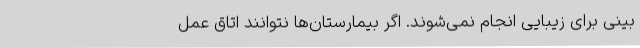
بینی برای زیبایی انجام نمی‌شوند. اگر بیمارستان‌ها نتوانند اتاق عمل